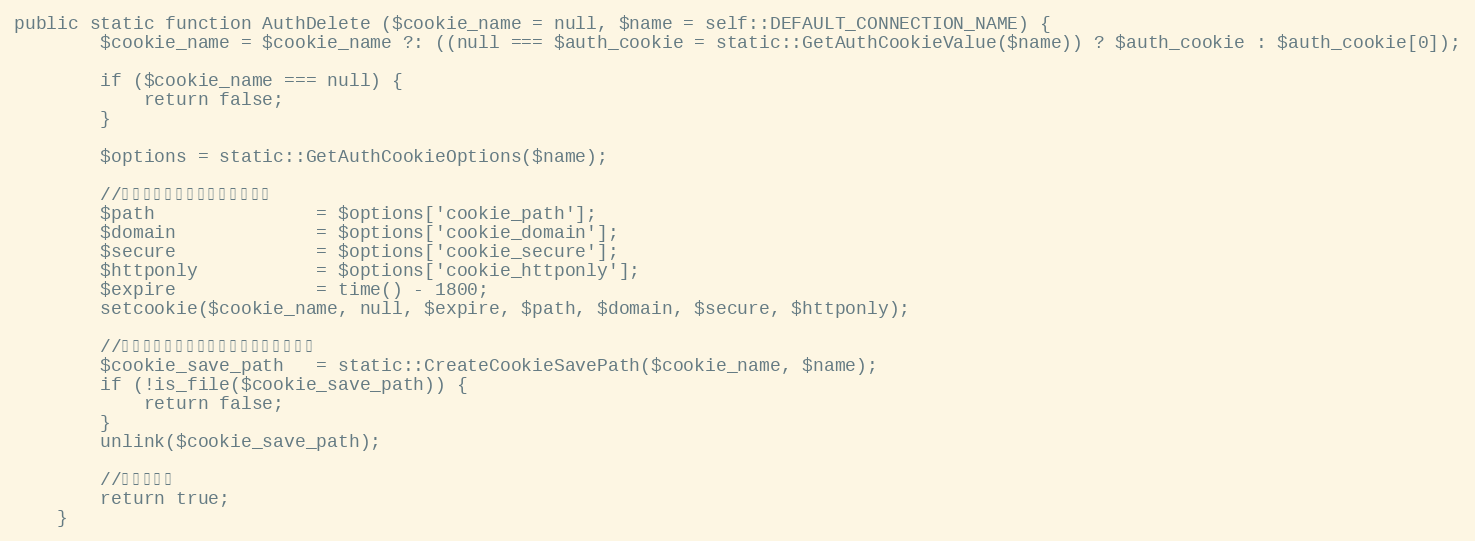
Language: PHP
public static function AuthDelete ($cookie_name = null, $name = self::DEFAULT_CONNECTION_NAME) {
		$cookie_name = $cookie_name ?: ((null === $auth_cookie = static::GetAuthCookieValue($name)) ? $auth_cookie : $auth_cookie[0]);

		if ($cookie_name === null) {
			return false;
		}

		$options = static::GetAuthCookieOptions($name);

		//クライアント側クッキーの削除
		$path				= $options['cookie_path'];
		$domain				= $options['cookie_domain'];
		$secure				= $options['cookie_secure'];
		$httponly			= $options['cookie_httponly'];
		$expire				= time() - 1800;
		setcookie($cookie_name, null, $expire, $path, $domain, $secure, $httponly);

		//クッキー認証セッションファイルの削除
		$cookie_save_path	= static::CreateCookieSavePath($cookie_name, $name);
		if (!is_file($cookie_save_path)) {
			return false;
		}
		unlink($cookie_save_path);

		//認証を破棄
		return true;
	}